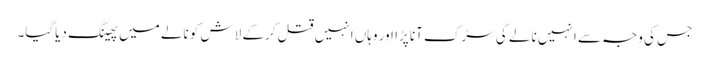
جس کی وجہ سے انہیں نالے کی سڑک آنا پڑا اور وہاں انہیں قتل کرکے لاش کو نالے میں پھینگ دیاگیا۔